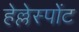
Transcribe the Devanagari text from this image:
हेल्लेस्पोंट